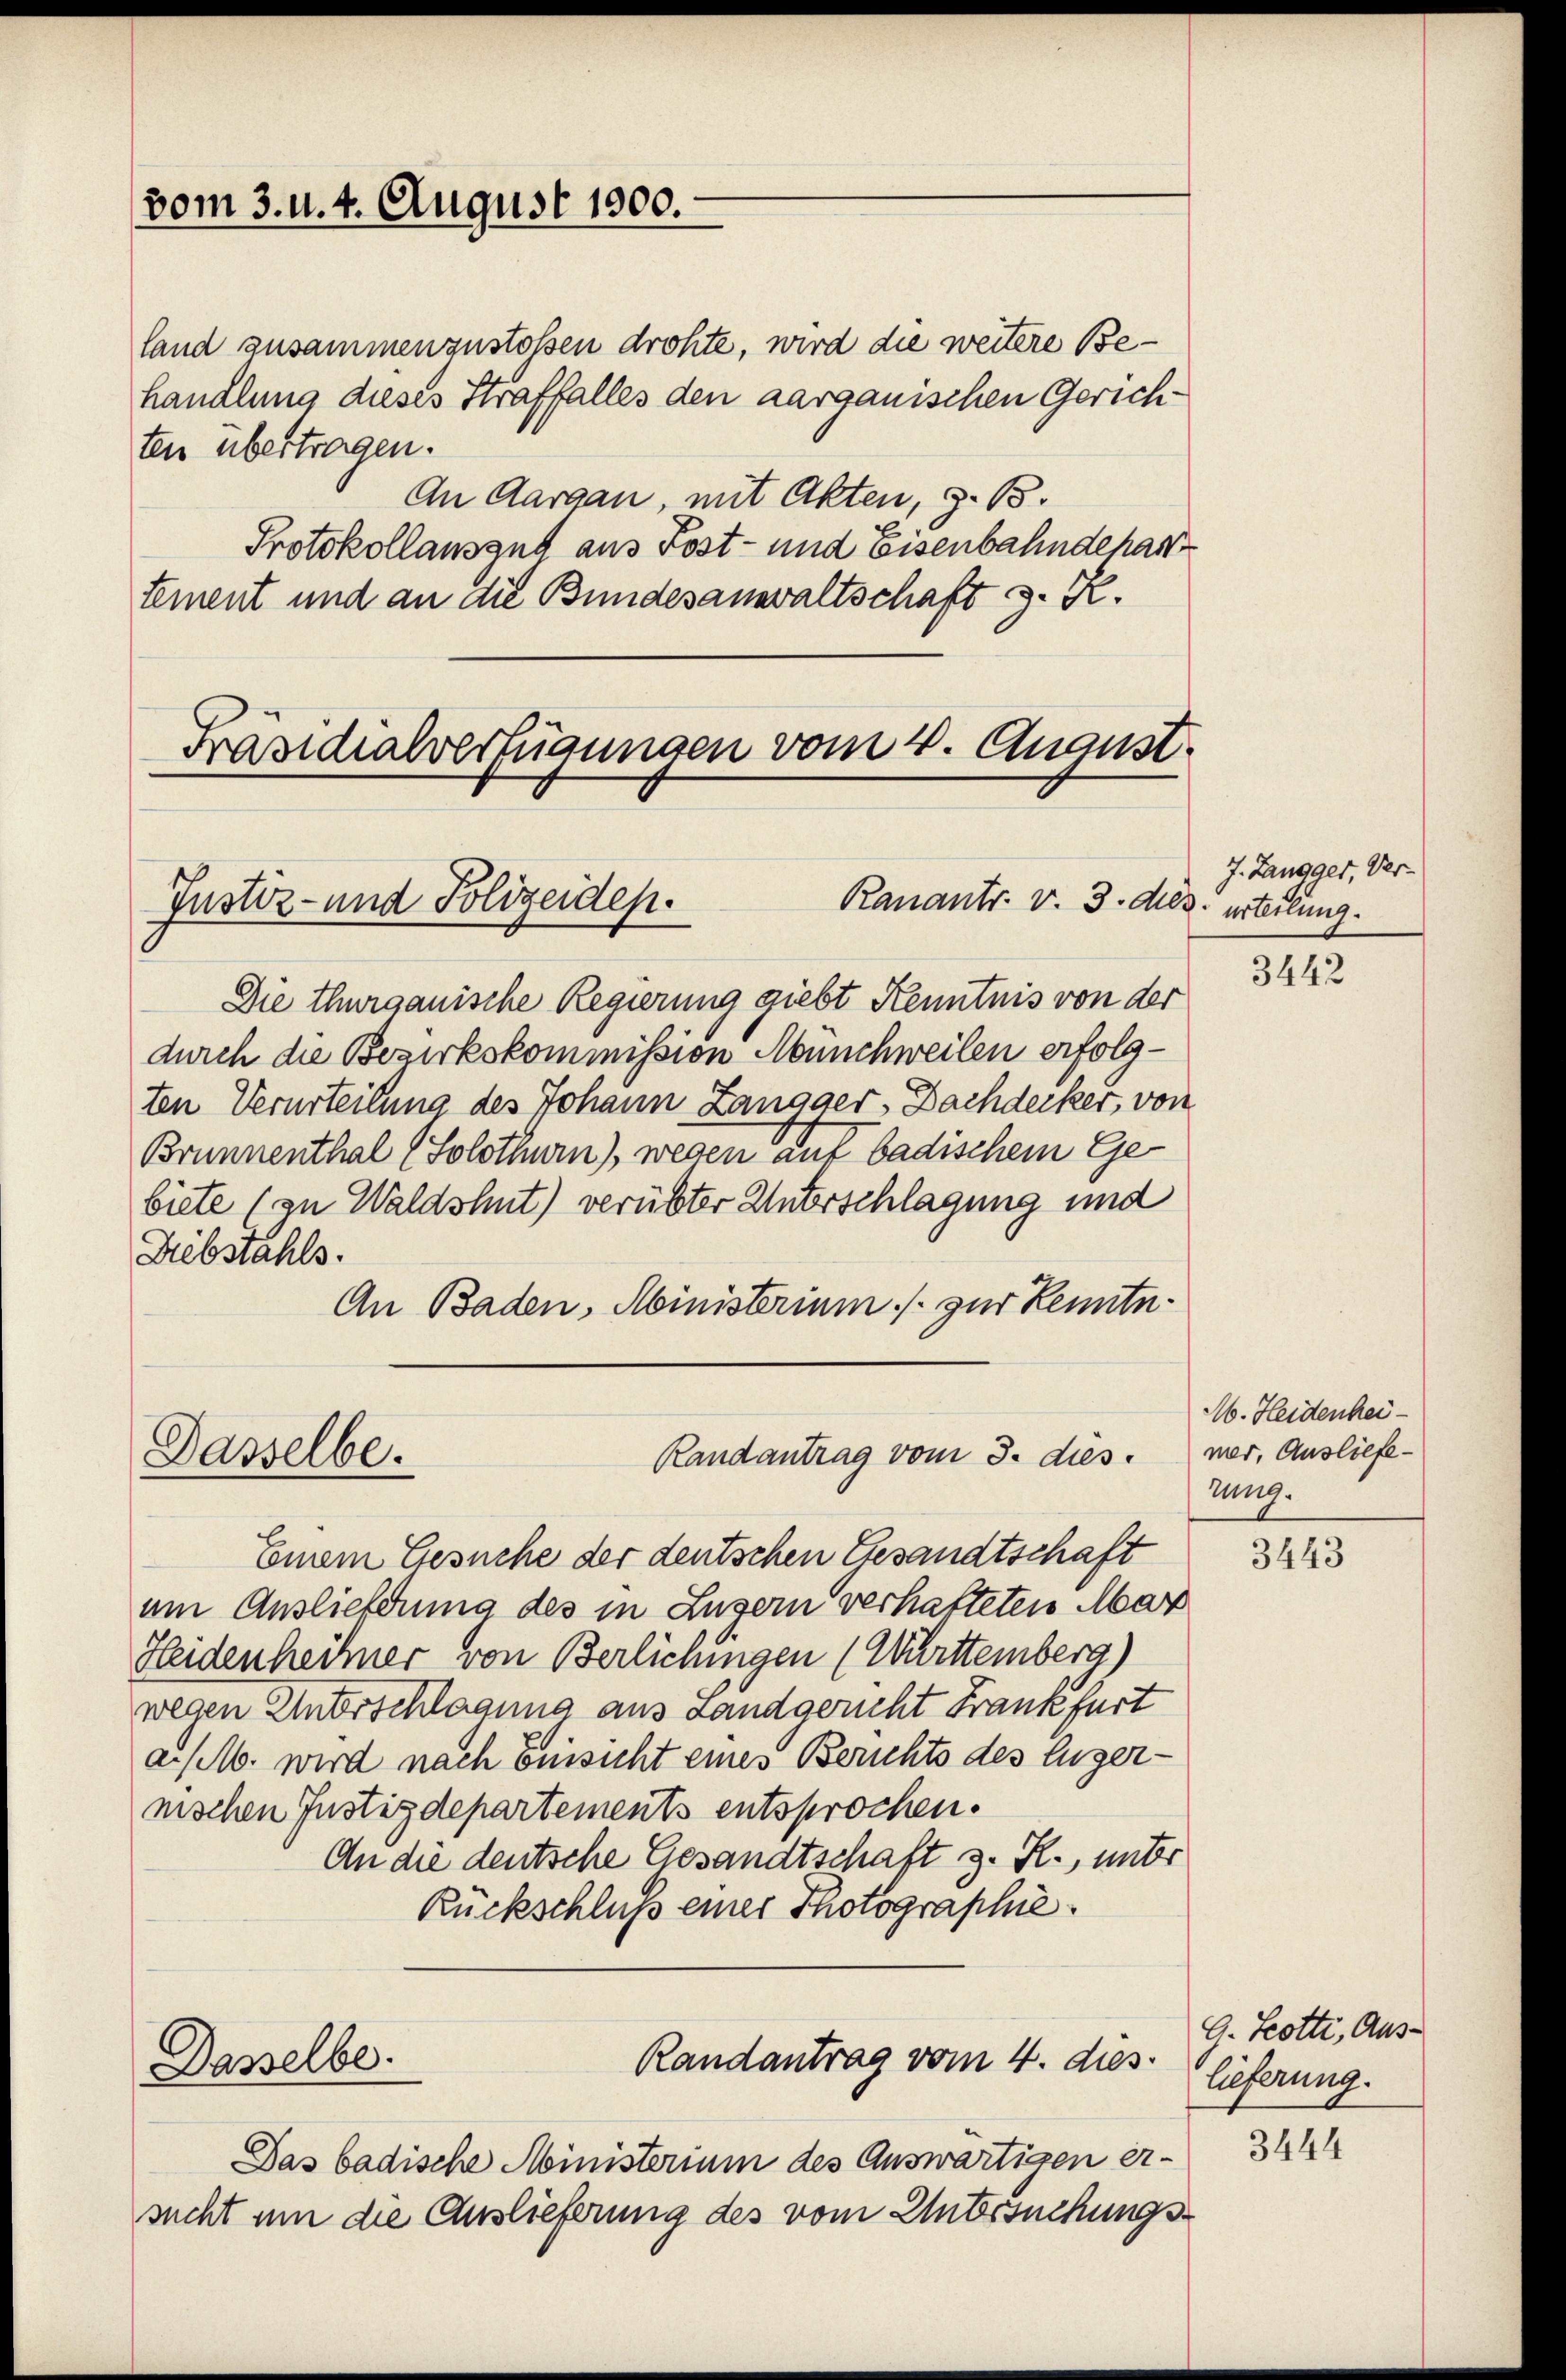
vom 3. d. 4. August 1900.

ten übertragen.
An Aargau, mit Akten, z. B.
Protokollauszug aus Post- und Eisenbahndehart
tement und an die Bundesanwaltschaft z. R.

Präsidialverfügungen vom 4. August.

Die thurgauische Regierung giebt Kenntnis von der
durch die Bezirkskommission Münchweilen erfolgten Verurteilung des Johann Zangger, Dachdecker, von
Brunnenthal (Solothurn), wegen auf badischem Gebiete (zu Waldshut) verübter Unterschlagung und
Diebstahls.
An Baden, Ministerium zur Kenntn

Justiz- und Polizeiden.

Dasselbe.

Dasselbe.

land zusammenzustossen drohte, wird die weitere Behandlung dieses Straffalles den aargauischen Gerich¬

Ranantr. v. 3. dez. urteilung.

Randantrag vom 3. diesner, Ausliefe¬

Einem Gesuche der deutschen Gesandtschaft
am Auslieferung des in Luzern verhatteten Mar
Heidenheiher von Berlichungen (Württemberg)
wegen Unterschlagung aus Landgericht Frankfurt
a. M. wird nach Einsicht eines Berichts des Luzernischen Justizdepartements entsprochen.
An die deutsche Gesandtschaft z. R., unter
Rückschluß einer Photographie.

Randantrag vom 4. dies

Das badische Ministerium des Auswärtigen er-
sucht um die Auslieferung des vom Untersuchungs¬

J. Zangger, Ver-

3442

M. Heidenheizung.

3443

O. Hotti, Auslieferung.

3444